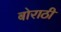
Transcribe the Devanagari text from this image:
बोराठी